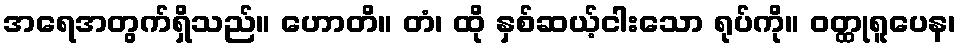
အရေအတွက်ရှိသည်။ ဟောတိ။ တံ၊ ထို နှစ်ဆယ့်ငါးသော ရုပ်ကို။ ဝတ္ထုရူပေန၊